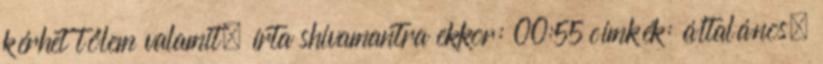
kérhet tőlem valamit. írta shivamantra ekkor: 00:55 címkék: általános,